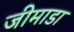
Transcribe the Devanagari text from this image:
जीमाडा